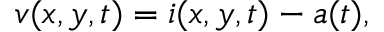
v ( x , y , t ) = i ( x , y , t ) - a ( t ) ,